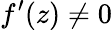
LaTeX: f^{\prime}(z)\neq 0